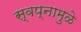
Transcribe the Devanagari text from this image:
स्वप्नामुळे